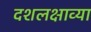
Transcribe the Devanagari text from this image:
दशलक्षाव्या